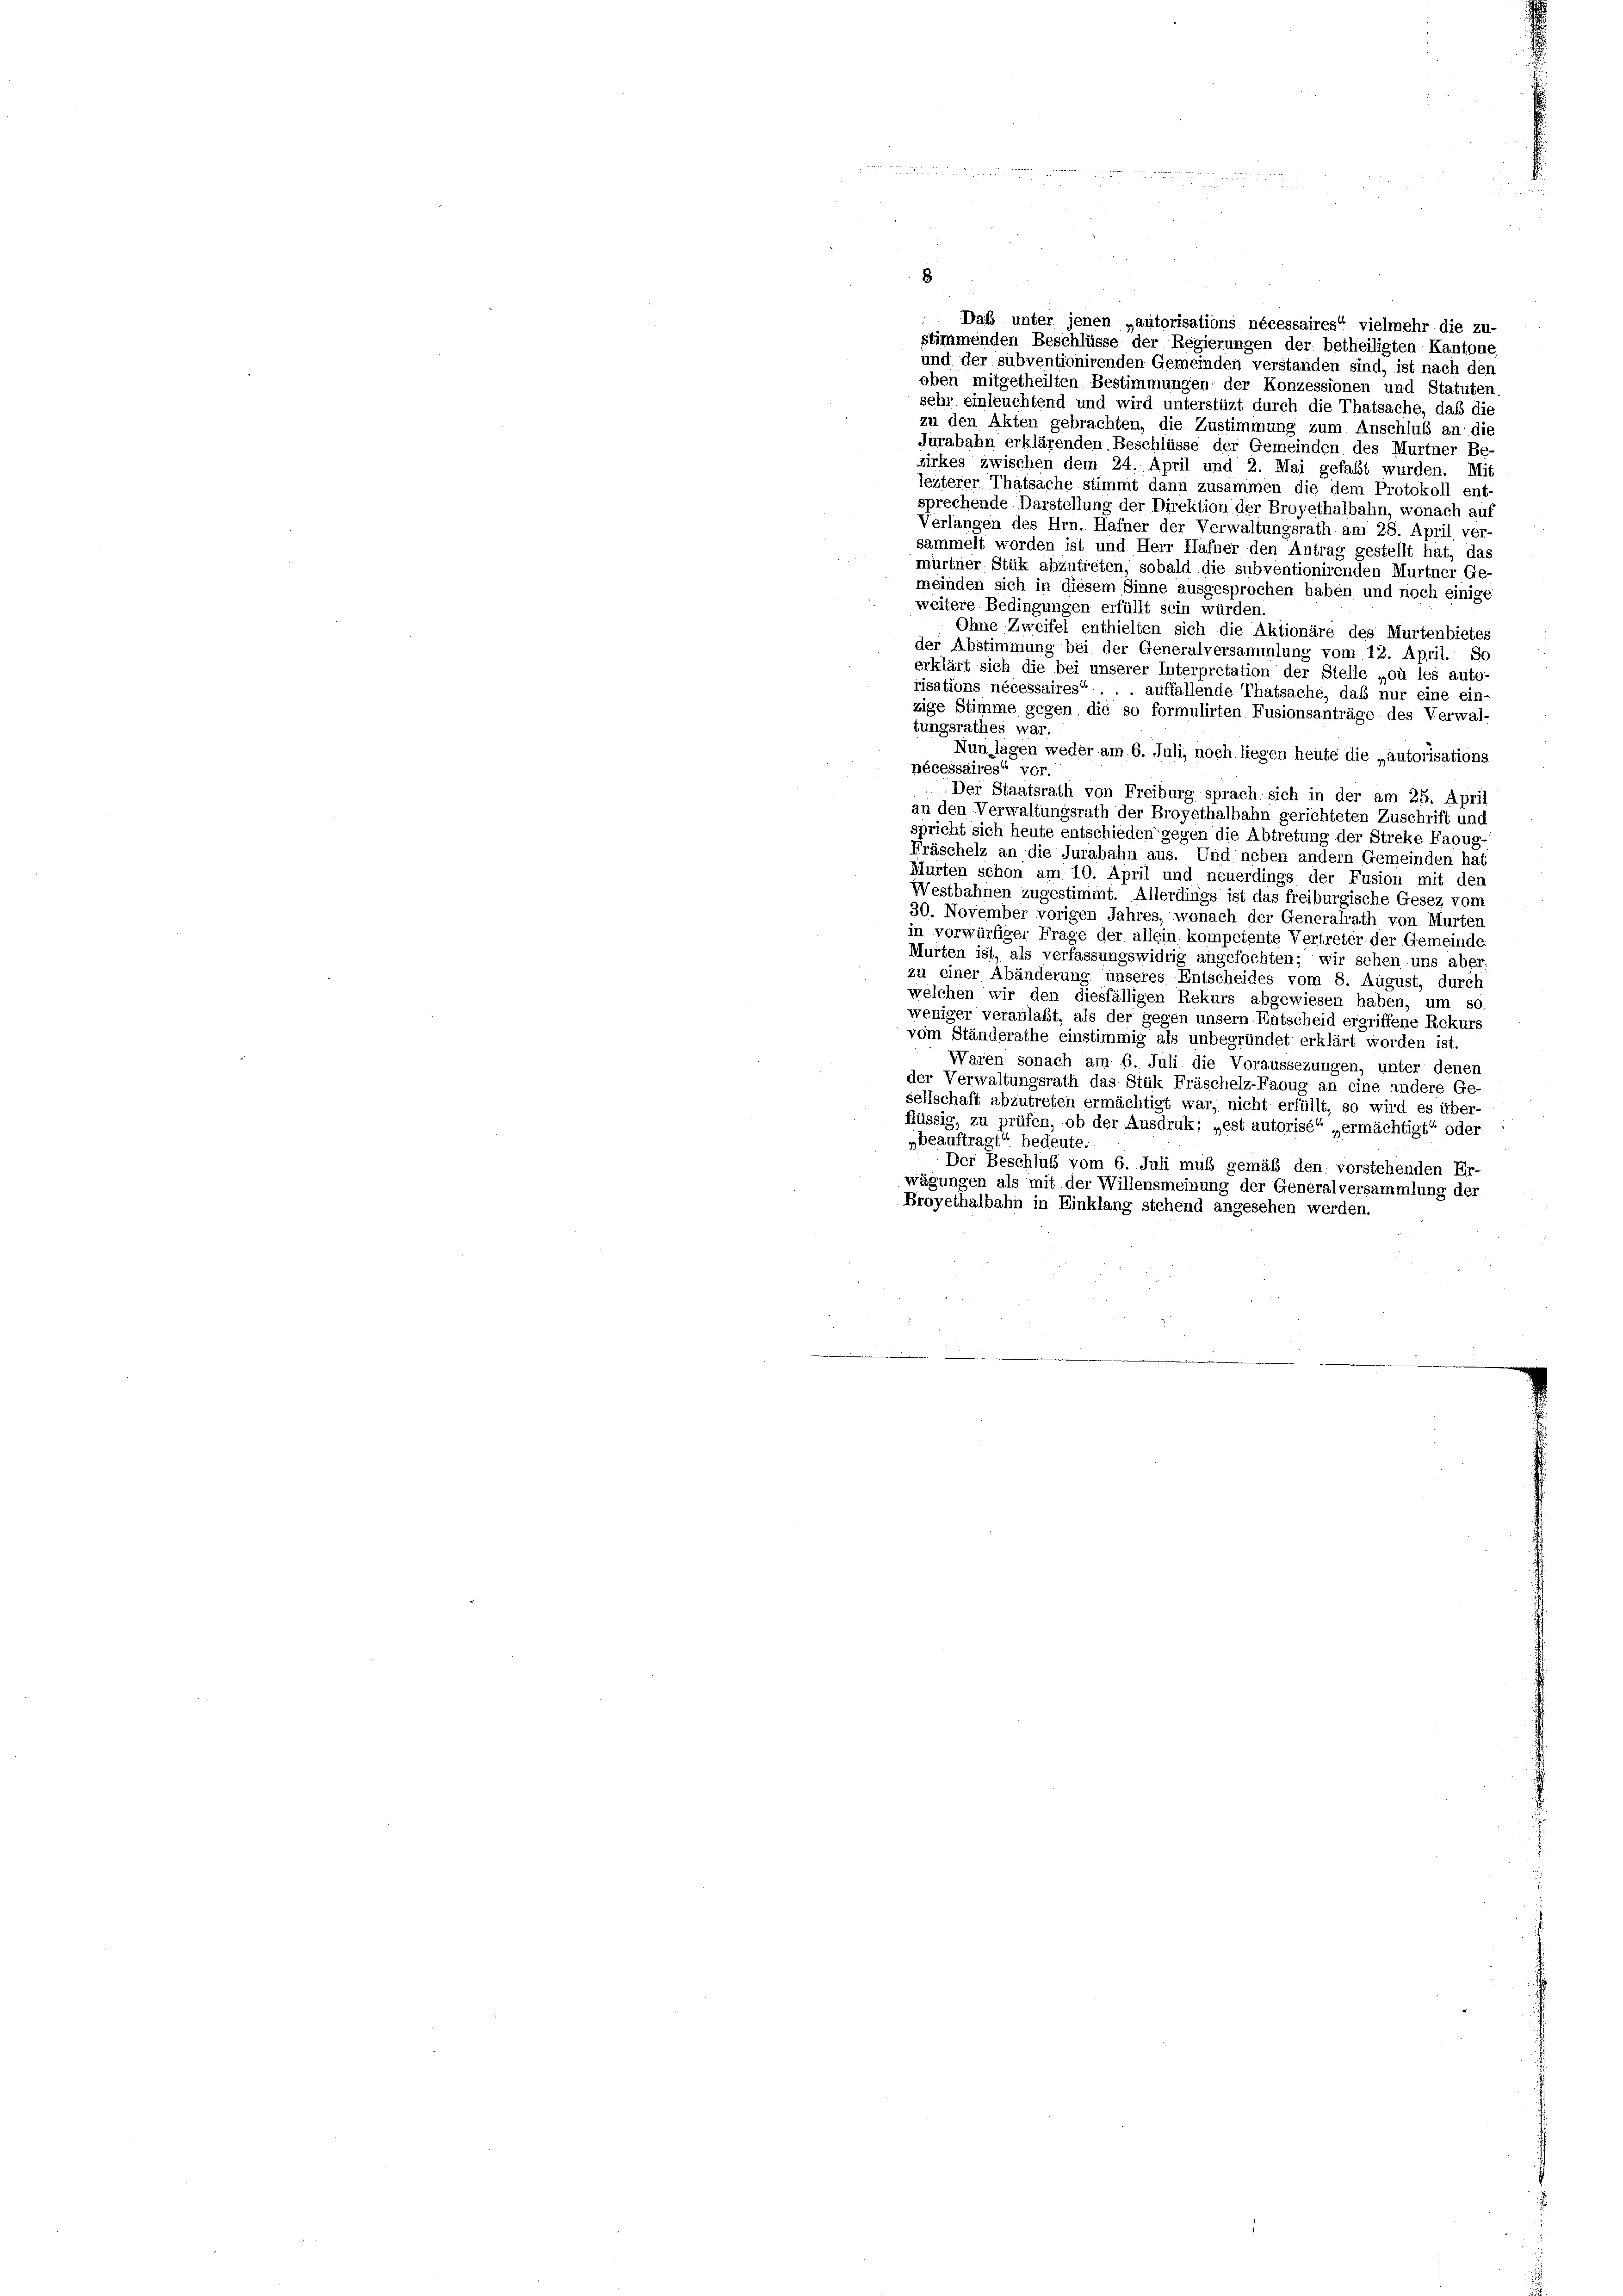
Daß unter jenen „autorisations nécessaires“ vielmehr die zu-
stimmenden Beschlüsse der Regierungen der betheiligten Kantone
und der subventionirenden Gemeinden verstanden sind, ist nach den
oben mitgetheilten Bestimmungen der Konzessionen und Statuten
sehr einleuchtend und wird unterstüzt durch die Thatsache, daß die
zu den Akten gebrachten, die Zustimmung zum Anschluß an die
Jurabahn erklärenden Beschlüsse der Gemeinden des Murtner Be-
zirkes zwischen dem 24. April und 2. Mai gefaßt wurden. Mit
lezterer Thatsache stimmt dann zusammen die dem Protokoll ent-
sprechende Darstellung der Direktion der Broyethalbahn, wonach auf
Verlangen des Hrn. Hafner der Verwaltungsrath am 28. April ver-
sammelt worden ist und Herr Hafner den Antrag gestellt hat, das
murtner Stük abzutreten, sobald die subventionirenden Murtner Ge
meinden sich in diesem Sinne ausgesprochen haben und noch einige
weitere Bedingungen erfüllt sein würden.
Ohne Zweifel enthielten sich die Aktionäre des Murtenbietes
der Abstimmung bei der Generalversammlung vom 12. April. So
erklärt sich die bei unserer Interpretation der Stelle „où les auto
risations nécessaires“ auffallende Thatsache, daß nur eine ein-
zige Stimme gegen die so formulirten Fusionsanträge des Verwal-
tungsrathes war.
Nun lagen weder am 6. Juli, noch liegen heute die „autorisations
nécessaires“ vor.
Der Staatsrath von Freiburg sprach sich in der am 25. April
an den Verwaltungsrath der Broyethalbahn gerichteten Zuschrift und
spricht sich heute entschieden gegen die Abtretung der Streke Faoug
Fräschelz an die Jurabahn aus. Und neben andern Gemeinden hat
Murten schon am 10. April und neuerdings der Fusion mit den
Westbahnen zugestimmt. Allerdings ist das freiburgische Gesez vom
30. November vorigen Jahres, wonach der Generalrath von Murter
in vorwürfiger Frage der allein kompetente Vertreter der Gemeinde
Murten ist, als verfassungswidrig angefochten; wir sehen uns aber
zu einer Abänderung unseres Entscheides vom 8. August, durch
welchen wir den diesfälligen Rekurs abgewiesen haben, um so
weniger veranlaßt, als der gegen unsern Entscheid ergriffene Rekurs
vom Ständerathe einstimmig als unbegründet erklärt worden ist.
Waren sonach am 6. Juli die Voraussezungen, unter denen
der Verwaltungsrath das Stük Fräschelz-Faoug an eine andere Ge-
sellschaft abzutreten ermächtigt war, nicht erfüllt, so wird es über-
flüssig, zu prüfen, ob der Ausdruk: „est autorisé“ „ermächtigt“ oder
„beauftragt“ bedeute.
Der Beschluß vom 6. Juli muß gemäß den vorstehenden Er-
wägungen als mit der Willensmeinung der Generalversammlung der
Broyethalbahn in Einklang stehend angesehen werden.